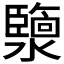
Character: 𤂟